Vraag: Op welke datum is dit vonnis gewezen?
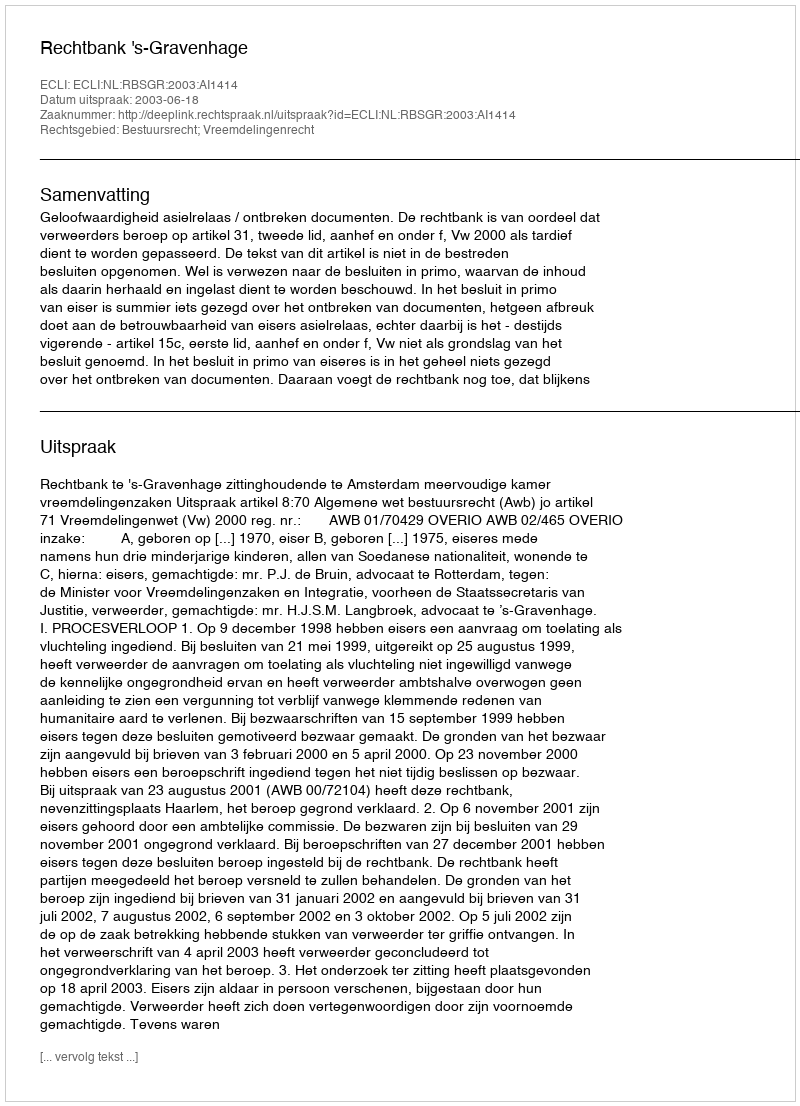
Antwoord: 2003-06-18